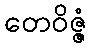
တေဝိဇ္ဇံ